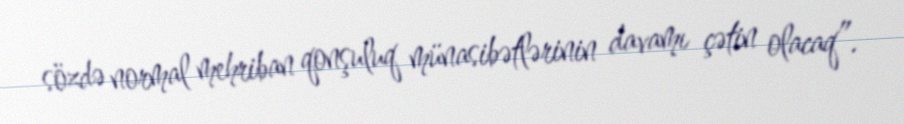
sözdə normal mehriban qonşuluq münasibətlərinin davamı çətin olacaq”.